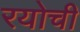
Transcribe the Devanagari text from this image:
रयोची